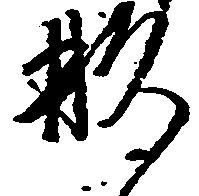
形